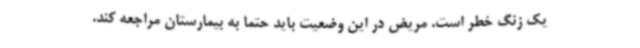
یک زنگ خطر است. مریض در این وضعیت باید حتما به بیمارستان مراجعه کند.